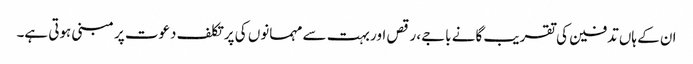
ان کے ہاں تدفین کی تقریب گانے باجے، رقص اور بہت سے مہمانوں کی پرتکلف دعوت پر مبنی ہوتی ہے۔